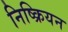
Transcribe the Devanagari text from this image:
निष्क्रियन